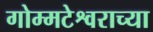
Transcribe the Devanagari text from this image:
गोम्मटेश्वराच्या